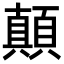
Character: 顛